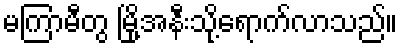
မကြာမီတွ မြို့အနီးသို့ရောက်လာသည်။